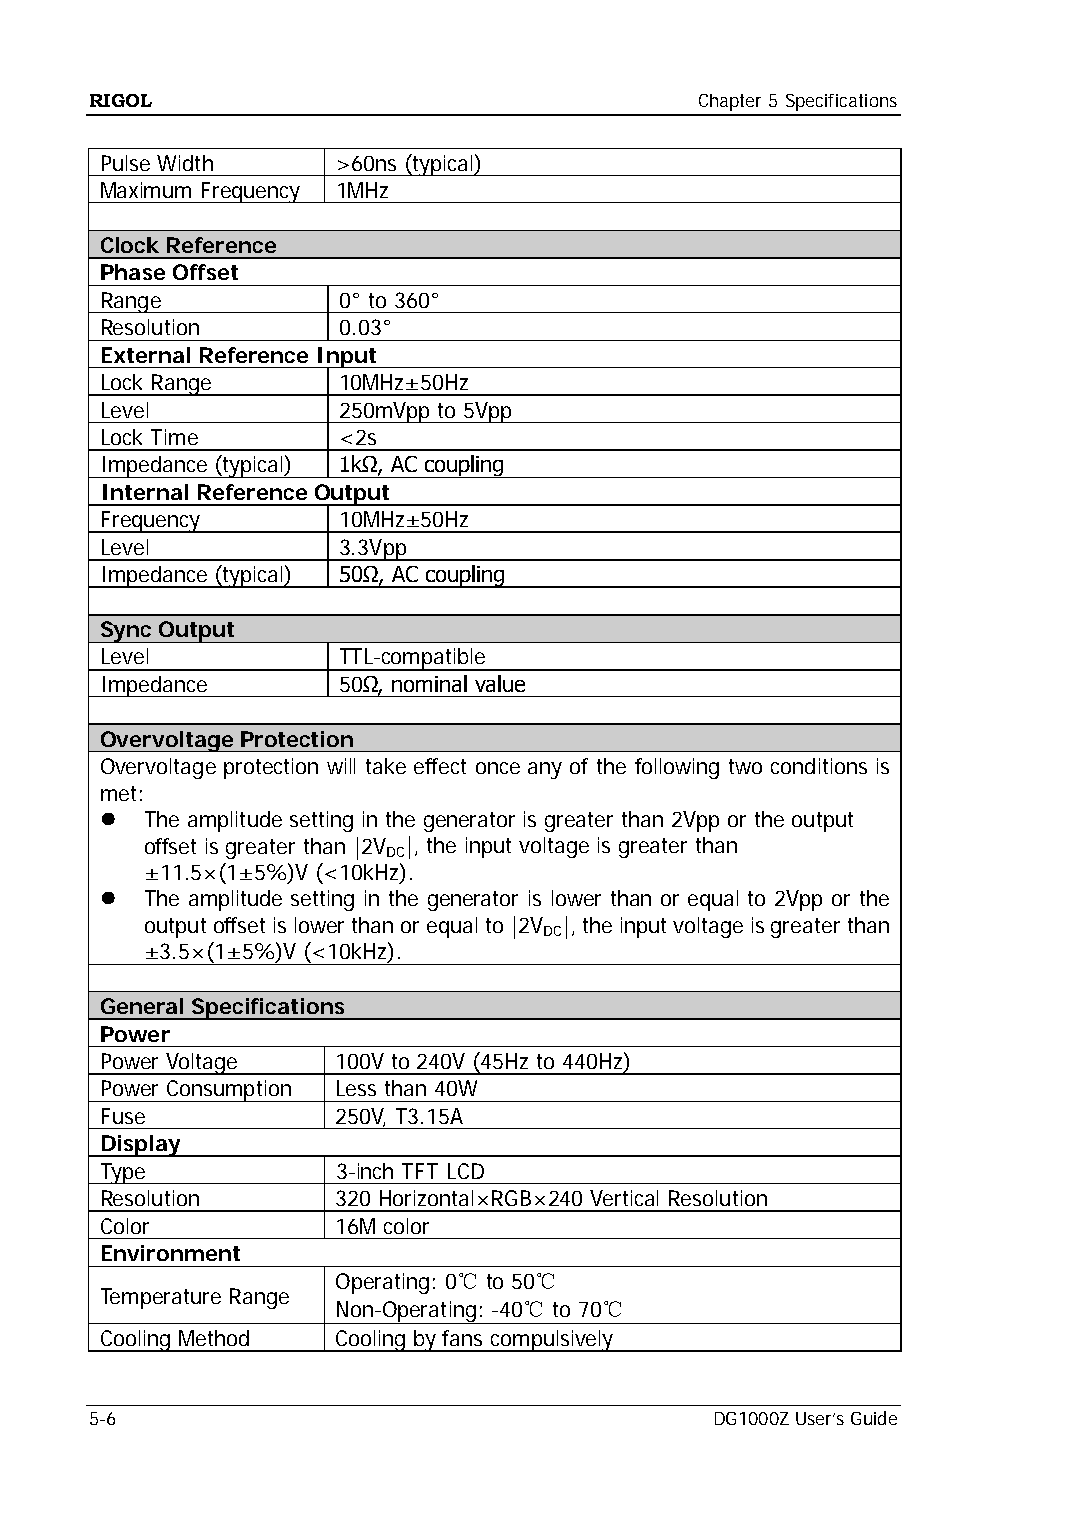
RIGOL                                   Chapter 5 Specifications
 Pulse Width    >60ns (typical)
 Maximum Frequency 1MHz
 Clock Reference
 Phase Offset
 Range          0° to 360°
 Resolution     0.03°
 External Reference Input
 Lock Range     10MHz±50Hz
 Level          250mVpp to 5Vpp
 Lock Time      <2s
 Impedance (typical) 1kΩ, AC coupling
 Internal Reference Output
 Frequency      10MHz±50Hz
 Level          3.3Vpp
 Impedance (typical) 50Ω, AC coupling
 Sync Output
 Level          TTL-compatible
 Impedance      50Ω, nominal value
 Overvoltage Protection
 Overvoltage protection will take effect once any of the following two conditions is
 met:
   The amplitude setting in the generator is greater than 2Vpp or the output
 offset is greater than |2V |, the input voltage is greater than
 DC
 ±11.5×(1±5%)V (<10kHz).
   The amplitude setting in the generator is lower than or equal to 2Vpp or the
 output offset is lower than or equal to |2V |, the input voltage is greater than
 DC
 ±3.5×(1±5%)V (<10kHz).
 General Specifications
 Power
 Power Voltage  100V to 240V (45Hz to 440Hz)
 Power Consumption Less than 40W
 Fuse           250V, T3.15A
 Display
 Type           3-inch TFT LCD
 Resolution     320 Horizontal×RGB×240 Vertical Resolution
 Color          16M color
 Environment
 Operating: 0℃ to 50℃
 Temperature Range
 Non-Operating: -40℃ to 70℃
 Cooling Method Cooling by fans compulsively
 5-6                                      DG1000Z User’s Guide